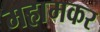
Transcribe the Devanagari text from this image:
महामकर